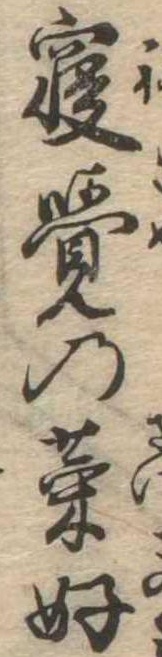
寝覚の菜好